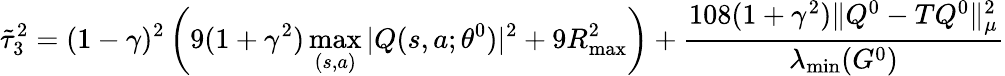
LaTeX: \tilde{\tau}_{3}^{2}=(1-\gamma)^{2}\left(9(1+\gamma^{2})\operatorname*{max}_{(s,a)}|Q(s,a;\theta^{0})|^{2}+9R_{\operatorname*{max}}^{2}\right)+\frac{108(1+\gamma^{2})\| Q^{0}-TQ^{0}\| _{\mu}^{2}}{\lambda_{\operatorname*{min}}(G^{0})}